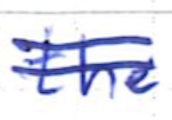
Text: the
Cross-out: double-line
Writing tool: ballpoint